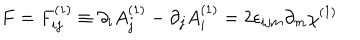
F = F _ { i j } ^ { ( 1 ) } \equiv \partial _ { i } A _ { j } ^ { ( 1 ) } - \partial _ { j } A _ { i } ^ { ( 1 ) } = 2 \epsilon _ { i j m } \partial _ { m } \chi ^ { ( 1 ) }